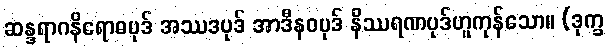
ဆန္ဒရာဂနိရောဓပုဒ် အဿဒပုဒ် အာဒီနဝပုဒ် နိဿရဏပုဒ်ဟူကုန်သော။ (ဒုက္ခ